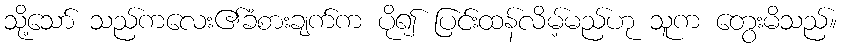
သို့သော် သည်ကလေး၏ခံစားချက်က ပို၍ ပြင်းထန်လိမ့်မည်ဟု သူက တွေးမိသည်။